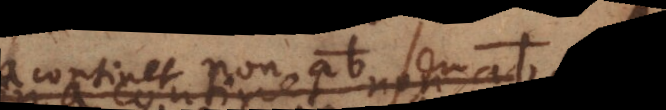
continet non ab,